Scottish Leaving Certificate Examination, 1956
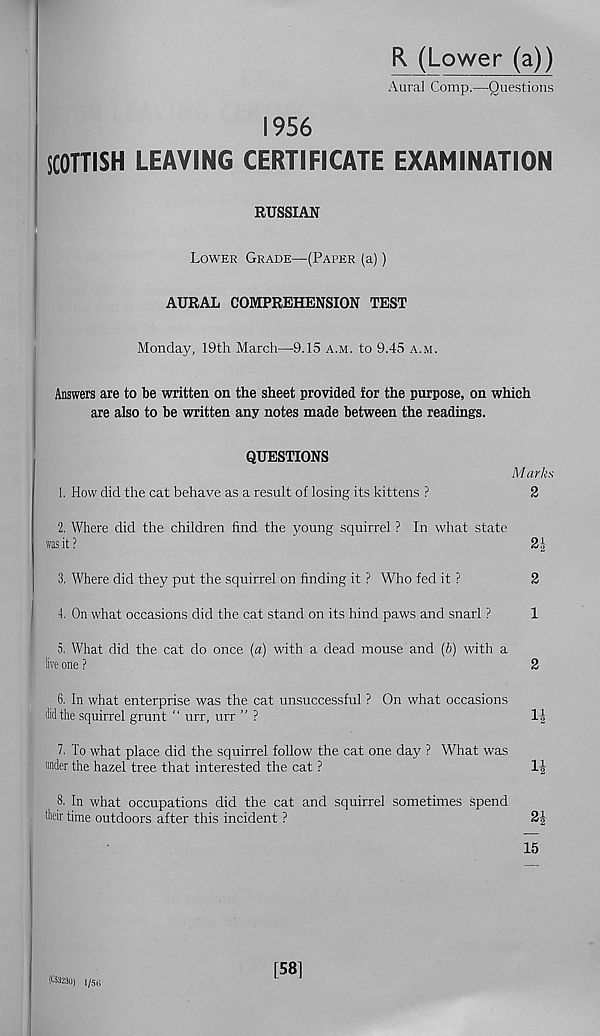
R (Lower (a))
Aural Comp.—Questions
1956
SCOTTISH LEAVING CERTIFICATE EXAMINATION
RUSSIAN
I
Lower Grade—(Paper (a))
AURAL COMPREHENSION TEST
Monday, 19th March—9.15 a.m. to 9.45 a.m.
Answers are to be written on the sheet provided for the purpose, on which
are also to be written any notes made between the readings.
QUESTIONS
1. How did the cat behave as a result of losing its kittens ?
Marks
2
2. Where did the children find the young squirrel ? In what state
was it?
2A
3. Where did they put the squirrel on finding it ? Who fed it ?
2
4. On what occasions did the cat stand on its hind paws and snarl ?
1
5. What did the cat do once (a) with a dead mouse and (6) with a
live one ?
2
6. In what enterprise was the cat unsuccessful ? On what occasions
did the squirrel grunt “ urr, urr ” ?
1-|
7. To what place did the squirrel follow the cat one day ? What was
under the hazel tree that interested the cat ?
8. In what occupations did the cat and squirrel sometimes spend
tlieir time outdoors after this incident ?
2|
15
( c 53230) 1/56
[581